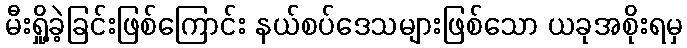
မီးရှို့ခဲ့ခြင်းဖြစ်ကြောင်း နယ်စပ်ဒေသများဖြစ်သော ယခုအစိုးရမှ